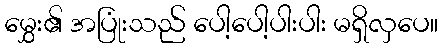
မွှေး၏ အပြုံးသည် ပေါ့ပေါ့ပါးပါး မရှိလှပေ။